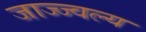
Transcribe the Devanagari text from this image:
जाज्ज्वल्य